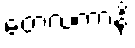
တေလကာနိ